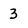
Character: 3